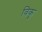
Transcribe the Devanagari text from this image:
विकु